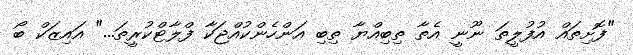
"ފޮށިތައް އުފުލީތަ ނޫނީ އެތާ ތިބިއްޔާ ތިބި އަންހެންކުއްޖަކާ ފްލާޓްކުރީތަ..." އައިޒަކް ބޯ